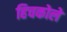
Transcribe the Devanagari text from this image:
हिचकोले